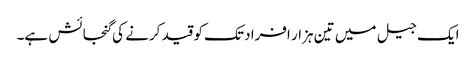
ایک جیل میں تین ہزار افراد تک کو قید کرنے کی گنجائش ہے۔